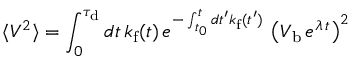
\langle V ^ { 2 } \rangle = \int _ { 0 } ^ { \tau _ { \mathrm { d } } } d t \, k _ { \mathrm { f } } ( t ) \, e ^ { - \int _ { t _ { 0 } } ^ { t } d t ^ { \prime } k _ { \mathrm { f } } ( t ^ { \prime } ) } \, \left( V _ { \mathrm { b } } \, e ^ { \lambda \, t } \right) ^ { 2 }